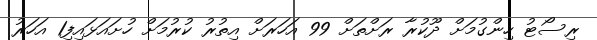
ރިސޯޓު ހިންގުމަށް ދޫކުރާ ރަށްތަށް 99 އަހަރަށް އިތުރު ކުރުމަށް ހުށައަޅައިފި1 އަހަރު